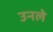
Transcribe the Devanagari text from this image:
उनले